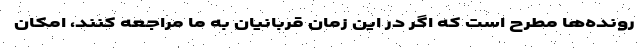
رونده‌ها مطرح است که اگر در این زمان قربانیان به ما مراجعه کنند، امکان